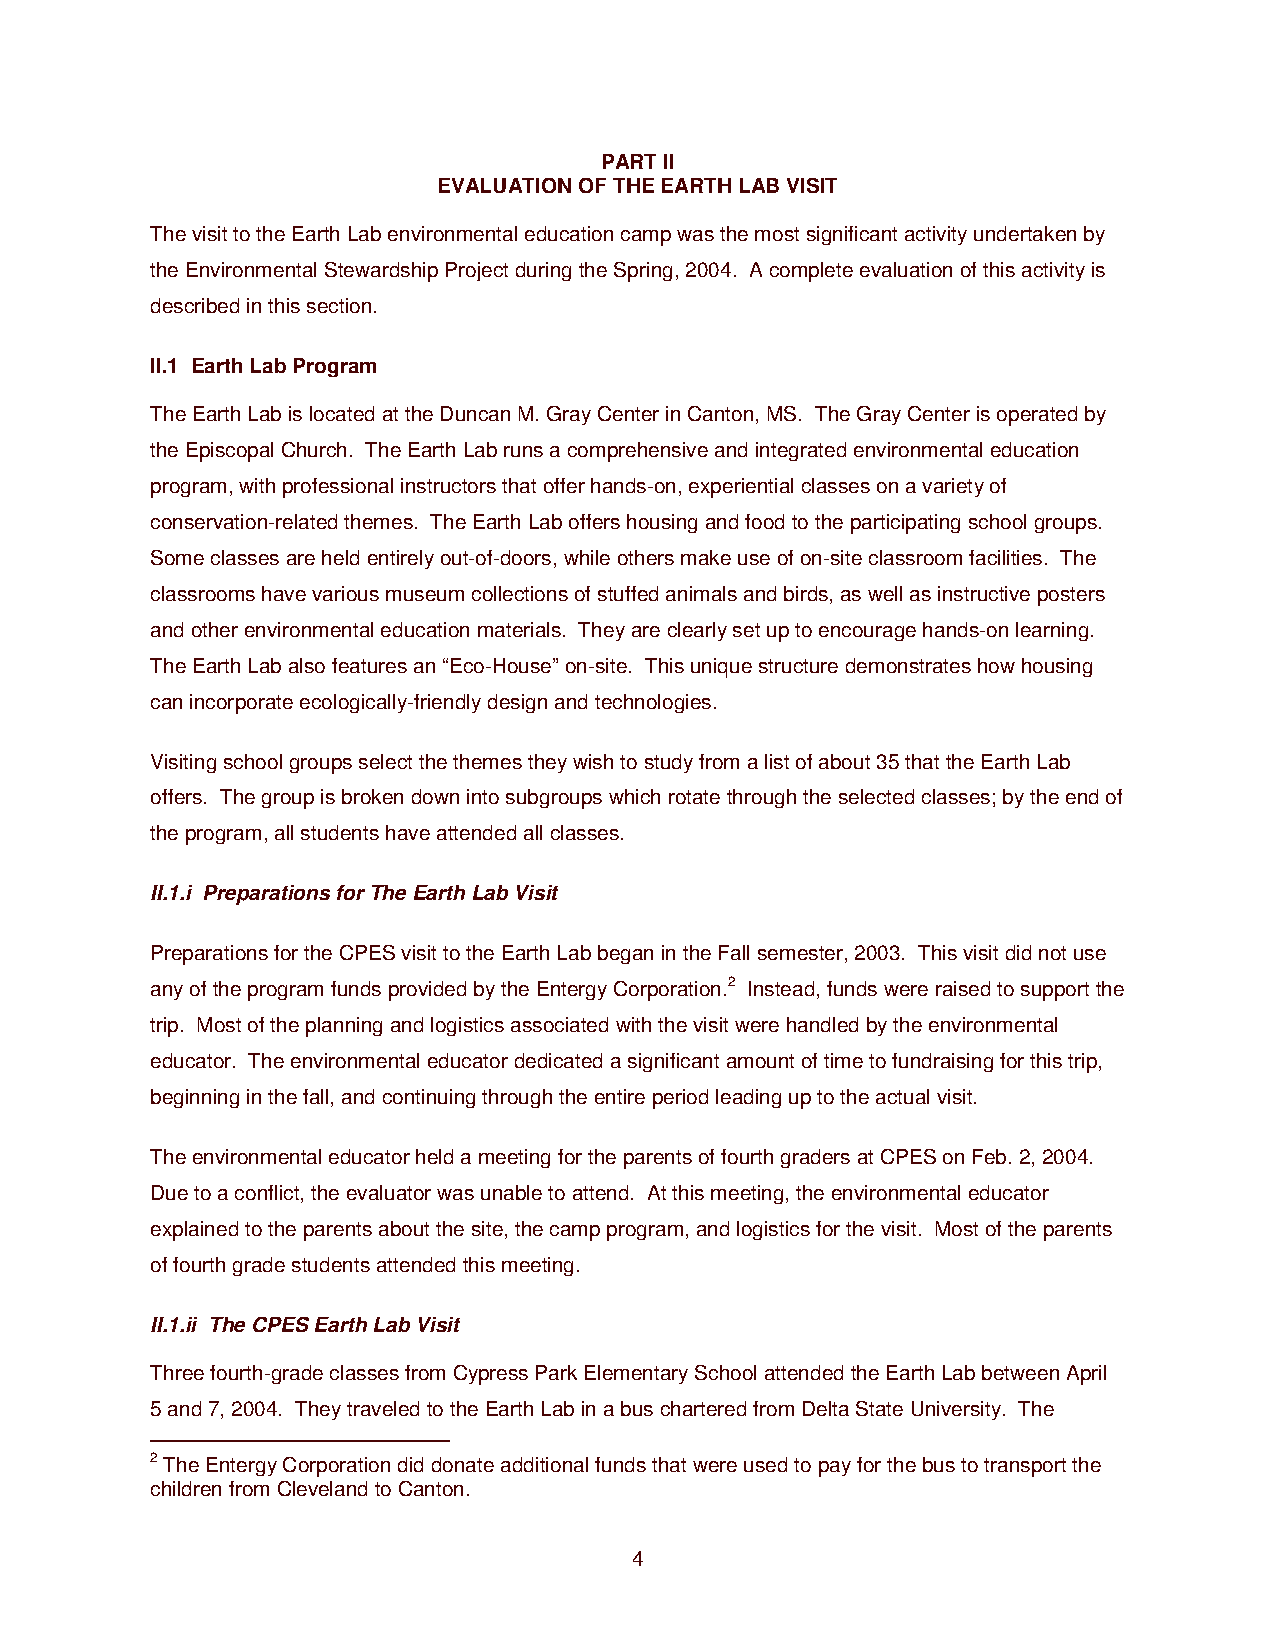
PART II
 EVALUATION OF THE EARTH LAB VISIT
 The visit to the Earth Lab environmental education camp was the most significant activity undertaken by
 the Environmental Stewardship Project during the Spring, 2004. A complete evaluation of this activity is
 described in this section.
 II.1 Earth Lab Program
 The Earth Lab is located at the Duncan M. Gray Center in Canton, MS. The Gray Center is operated by
 the Episcopal Church. The Earth Lab runs a comprehensive and integrated environmental education
 program, with professional instructors that offer hands-on, experiential classes on a variety of
 conservation-related themes. The Earth Lab offers housing and food to the participating school groups.
 Some classes are held entirely out-of-doors, while others make use of on-site classroom facilities. The
 classrooms have various museum collections of stuffed animals and birds, as well as instructive posters
 and other environmental education materials. They are clearly set up to encourage hands-on learning.
 The Earth Lab also features an “Eco-House” on-site. This unique structure demonstrates how housing
 can incorporate ecologically-friendly design and technologies.
 Visiting school groups select the themes they wish to study from a list of about 35 that the Earth Lab
 offers. The group is broken down into subgroups which rotate through the selected classes; by the end of
 the program, all students have attended all classes.
 II.1.i Preparations for The Earth Lab Visit
 Preparations for the CPES visit to the Earth Lab began in the Fall semester, 2003. This visit did not use
 any of the program funds provided by the Entergy Corporation.2 Instead, funds were raised to support the
 trip. Most of the planning and logistics associated with the visit were handled by the environmental
 educator. The environmental educator dedicated a significant amount of time to fundraising for this trip,
 beginning in the fall, and continuing through the entire period leading up to the actual visit.
 The environmental educator held a meeting for the parents of fourth graders at CPES on Feb. 2, 2004.
 Due to a conflict, the evaluator was unable to attend. At this meeting, the environmental educator
 explained to the parents about the site, the camp program, and logistics for the visit. Most of the parents
 of fourth grade students attended this meeting.
 II.1.ii The CPES Earth Lab Visit
 Three fourth-grade classes from Cypress Park Elementary School attended the Earth Lab between April
 5 and 7, 2004. They traveled to the Earth Lab in a bus chartered from Delta State University. The
 2 The Entergy Corporation did donate additional funds that were used to pay for the bus to transport the
 children from Cleveland to Canton.
 4